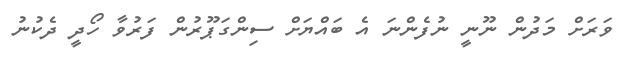
ވަރަށް މަދުން ނޫނީ ނުފެންނަ އެ ބައްޔަށް ސިންގަޕޫރުން ފަރުވާ ހޯދީ ދެކުނު